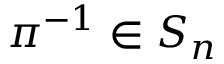
\pi ^ { - 1 } \in S _ { n }